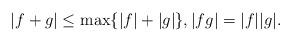
LaTeX: \begin{align*}|f+g|\leq \max\{ |f|+|g| \}, |fg|=|f||g|.\end{align*}